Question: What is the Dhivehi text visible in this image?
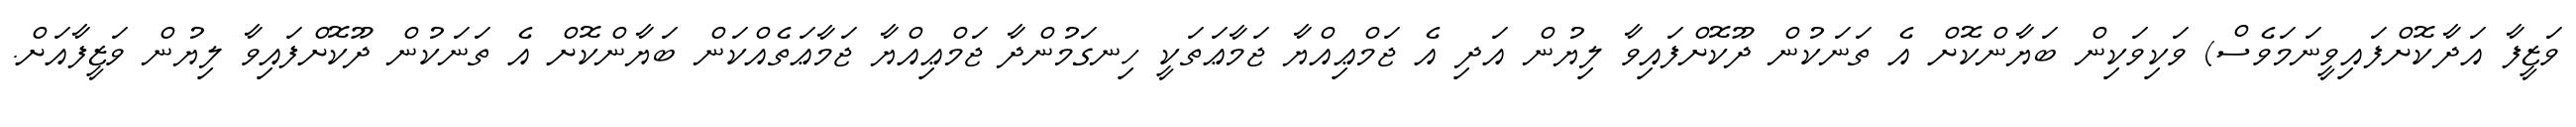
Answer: ވަޒީފާ އަދާކޮށްފައިވީނަމަވެސް) ވަކިވަކިން ބަޔާންކޮށް އެ ތަނަކުން ދޫކޮށްފައިވާ ލިޔުން އަދި އެ ޖަމްޢިއްޔާ ޖަމާޢަތަކީ ހިނގަމުންދާ ޖަމްޢިއްޔާ ޖަމާޢަތެއްކަން ބަޔާންކޮށް އެ ތަނަކުން ދޫކޮށްފައިވާ ލިޔުން ވަޒީފާއަށް.